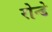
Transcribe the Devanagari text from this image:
रोन्डे